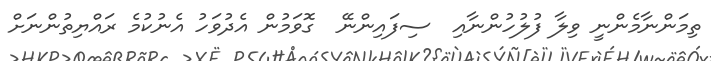
ތިމަންނާމެންނީ ވިލާ ފުލުހުންނާއި  ސިފައިންނޭ  ގޮވަމުން އެދުވަހު އެނުކުމެ ރައްޔިތުންނަށް